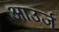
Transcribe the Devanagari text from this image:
आउर्ज